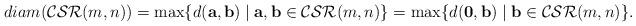
LaTeX: \begin{align*}diam({\rm \mathcal{CSR}}(m,n))=\max\{d(\mathbf{a},\mathbf{b})\mid \mathbf{a},\mathbf{b}\in{\rm \mathcal{CSR}}(m,n)\}=\max\{d(\mathbf{0},\mathbf{b})\mid \mathbf{b}\in{\rm \mathcal{CSR}}(m,n)\}.\end{align*}